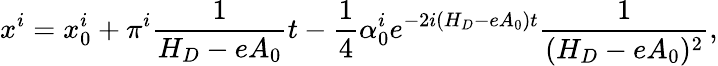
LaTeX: x^{i}=x_{0}^{i}+\pi^{i}\frac 1{H_{D}-eA_{0}}t-\frac 14\alpha_{0}^{i}e^{-2i(H_{D}-eA_{0})t}\frac 1{(H_{D}-eA_{0})^{2}},